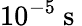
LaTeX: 10^{-5}\mathrm{~s~}